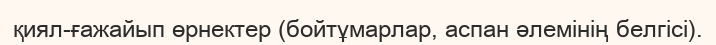
қиял-ғажайып өрнектер (бойтұмарлар, аспан әлемінің белгісі).